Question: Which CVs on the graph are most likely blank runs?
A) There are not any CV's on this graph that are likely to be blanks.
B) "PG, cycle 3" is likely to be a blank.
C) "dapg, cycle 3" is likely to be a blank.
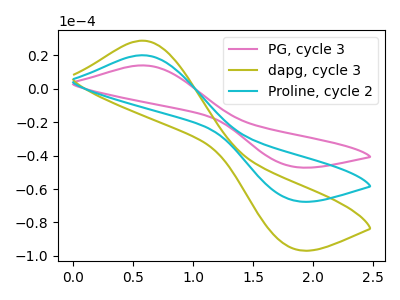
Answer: <think>The pink curve "PG, cycle 3" has an anodic peak at (0.60V, 14.05uA) and a cathodic peak at (1.85V, -46.45uA). The olive curve "dapg, cycle 3" has an anodic peak at (0.60V, 40.30uA) and a cathodic peak at (1.85V, -133.10uA). The cyan curve "Proline, cycle 2" has an anodic peak at (0.60V, 20.15uA) and a cathodic peak at (1.85V, -66.55uA).</think>
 <answer>A) There are not any CV's on this graph that are likely to be blanks.</answer>
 <eval>A</eval>